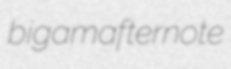
bigam afternote